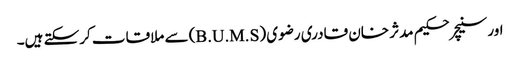
اورسنیچر حکیم مدثر خان قادری رضوی (B.U.M.S) سے ملاقات کرسکتے ہیں۔